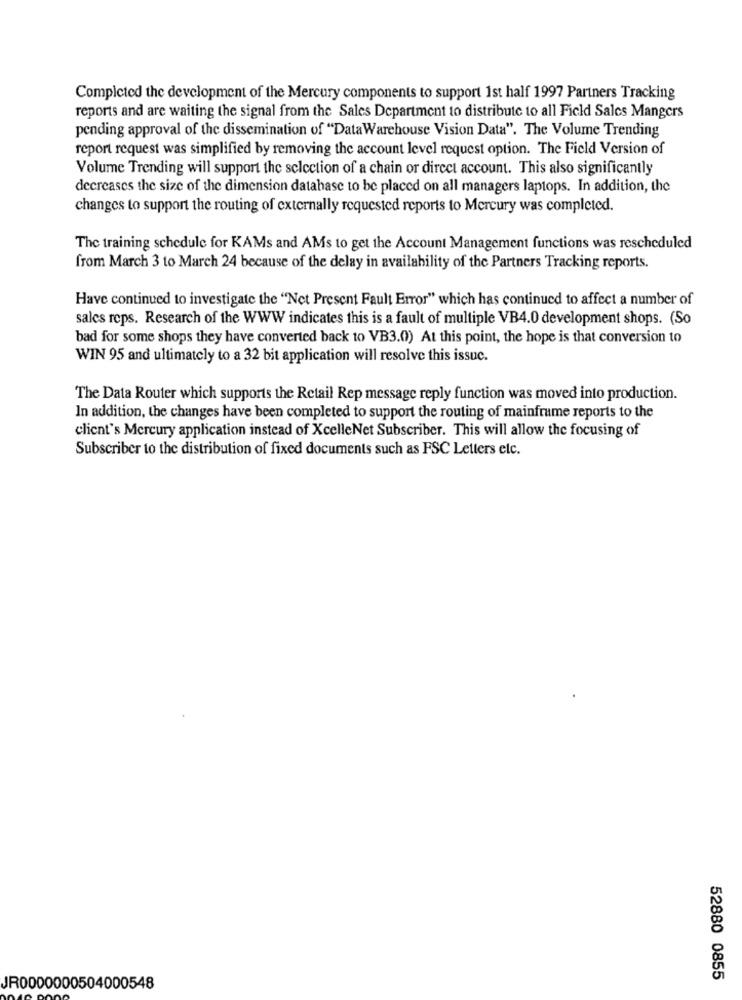
Completed the development of the Mercury components to support 1st half 1997 Partners Tracking
reports and are waiting the signal from the Sales Department to distribute to all Field Sales Mangers
pending approval of the dissemination of "DataWarehouse Vision Data". The Volume Trending
report request was simplified by removing the account level request option. The Field Version of
Volume Trending will support the selection of a chain or direct account. This also significantly
decreases the size of the dimension database to be placed on all managers laptops. In addition, the
changes to support the routing of externally requested reports to Mercury was completed.
The training schedule for KAMs and AMs to get the Account Management functions was rescheduled
from March 3 to March 24 because of the delay in availability of the Partners Tracking reports.
Have continued to investigate the "Net Present Fault Error" which has continued to affect a number of
sales reps. Research of the WWW indicates this is a fault of multiple VB4.0 development shops. (So
bad for some shops they have converted back to VB3.0) At this point, the hope is that conversion to
WIN 95 and ultimately to a 32 bit application will resolve this issuc.
The Data Router which supports the Retail Rep message reply function was moved into production.
In addition, the changes have been completed to support the routing of mainframe reports to the
client's Mercury application instead of XcelleNet Subscriber. This will allow the focusing of
Subscriber to the distribution of fixed documents such as FSC Letters etc.
52880 0855
JR0000000504000548